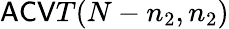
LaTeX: \mathsf{ACV}T(N-n_{2},n_{2})